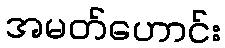
အမတ်ဟောင်း